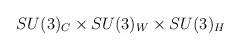
\begin{align*}SU(3)_C \times SU(3)_{W} \times SU(3)_{H}\end{align*}